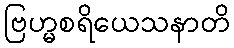
ဗြဟ္မစရိယေသနာတိ